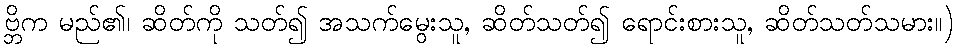
ဗ္ဘိက မည်၏၊ ဆိတ်ကို သတ်၍ အသက်မွေးသူ, ဆိတ်သတ်၍ ရောင်းစားသူ, ဆိတ်သတ်သမား။)